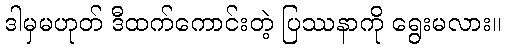
ဒါမှမဟုတ် ဒီထက်ကောင်းတဲ့ ပြဿနာကို ရွေးမလား။